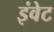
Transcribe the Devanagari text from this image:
इंवेट